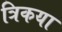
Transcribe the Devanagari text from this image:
त्रिकया